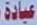
عیادة